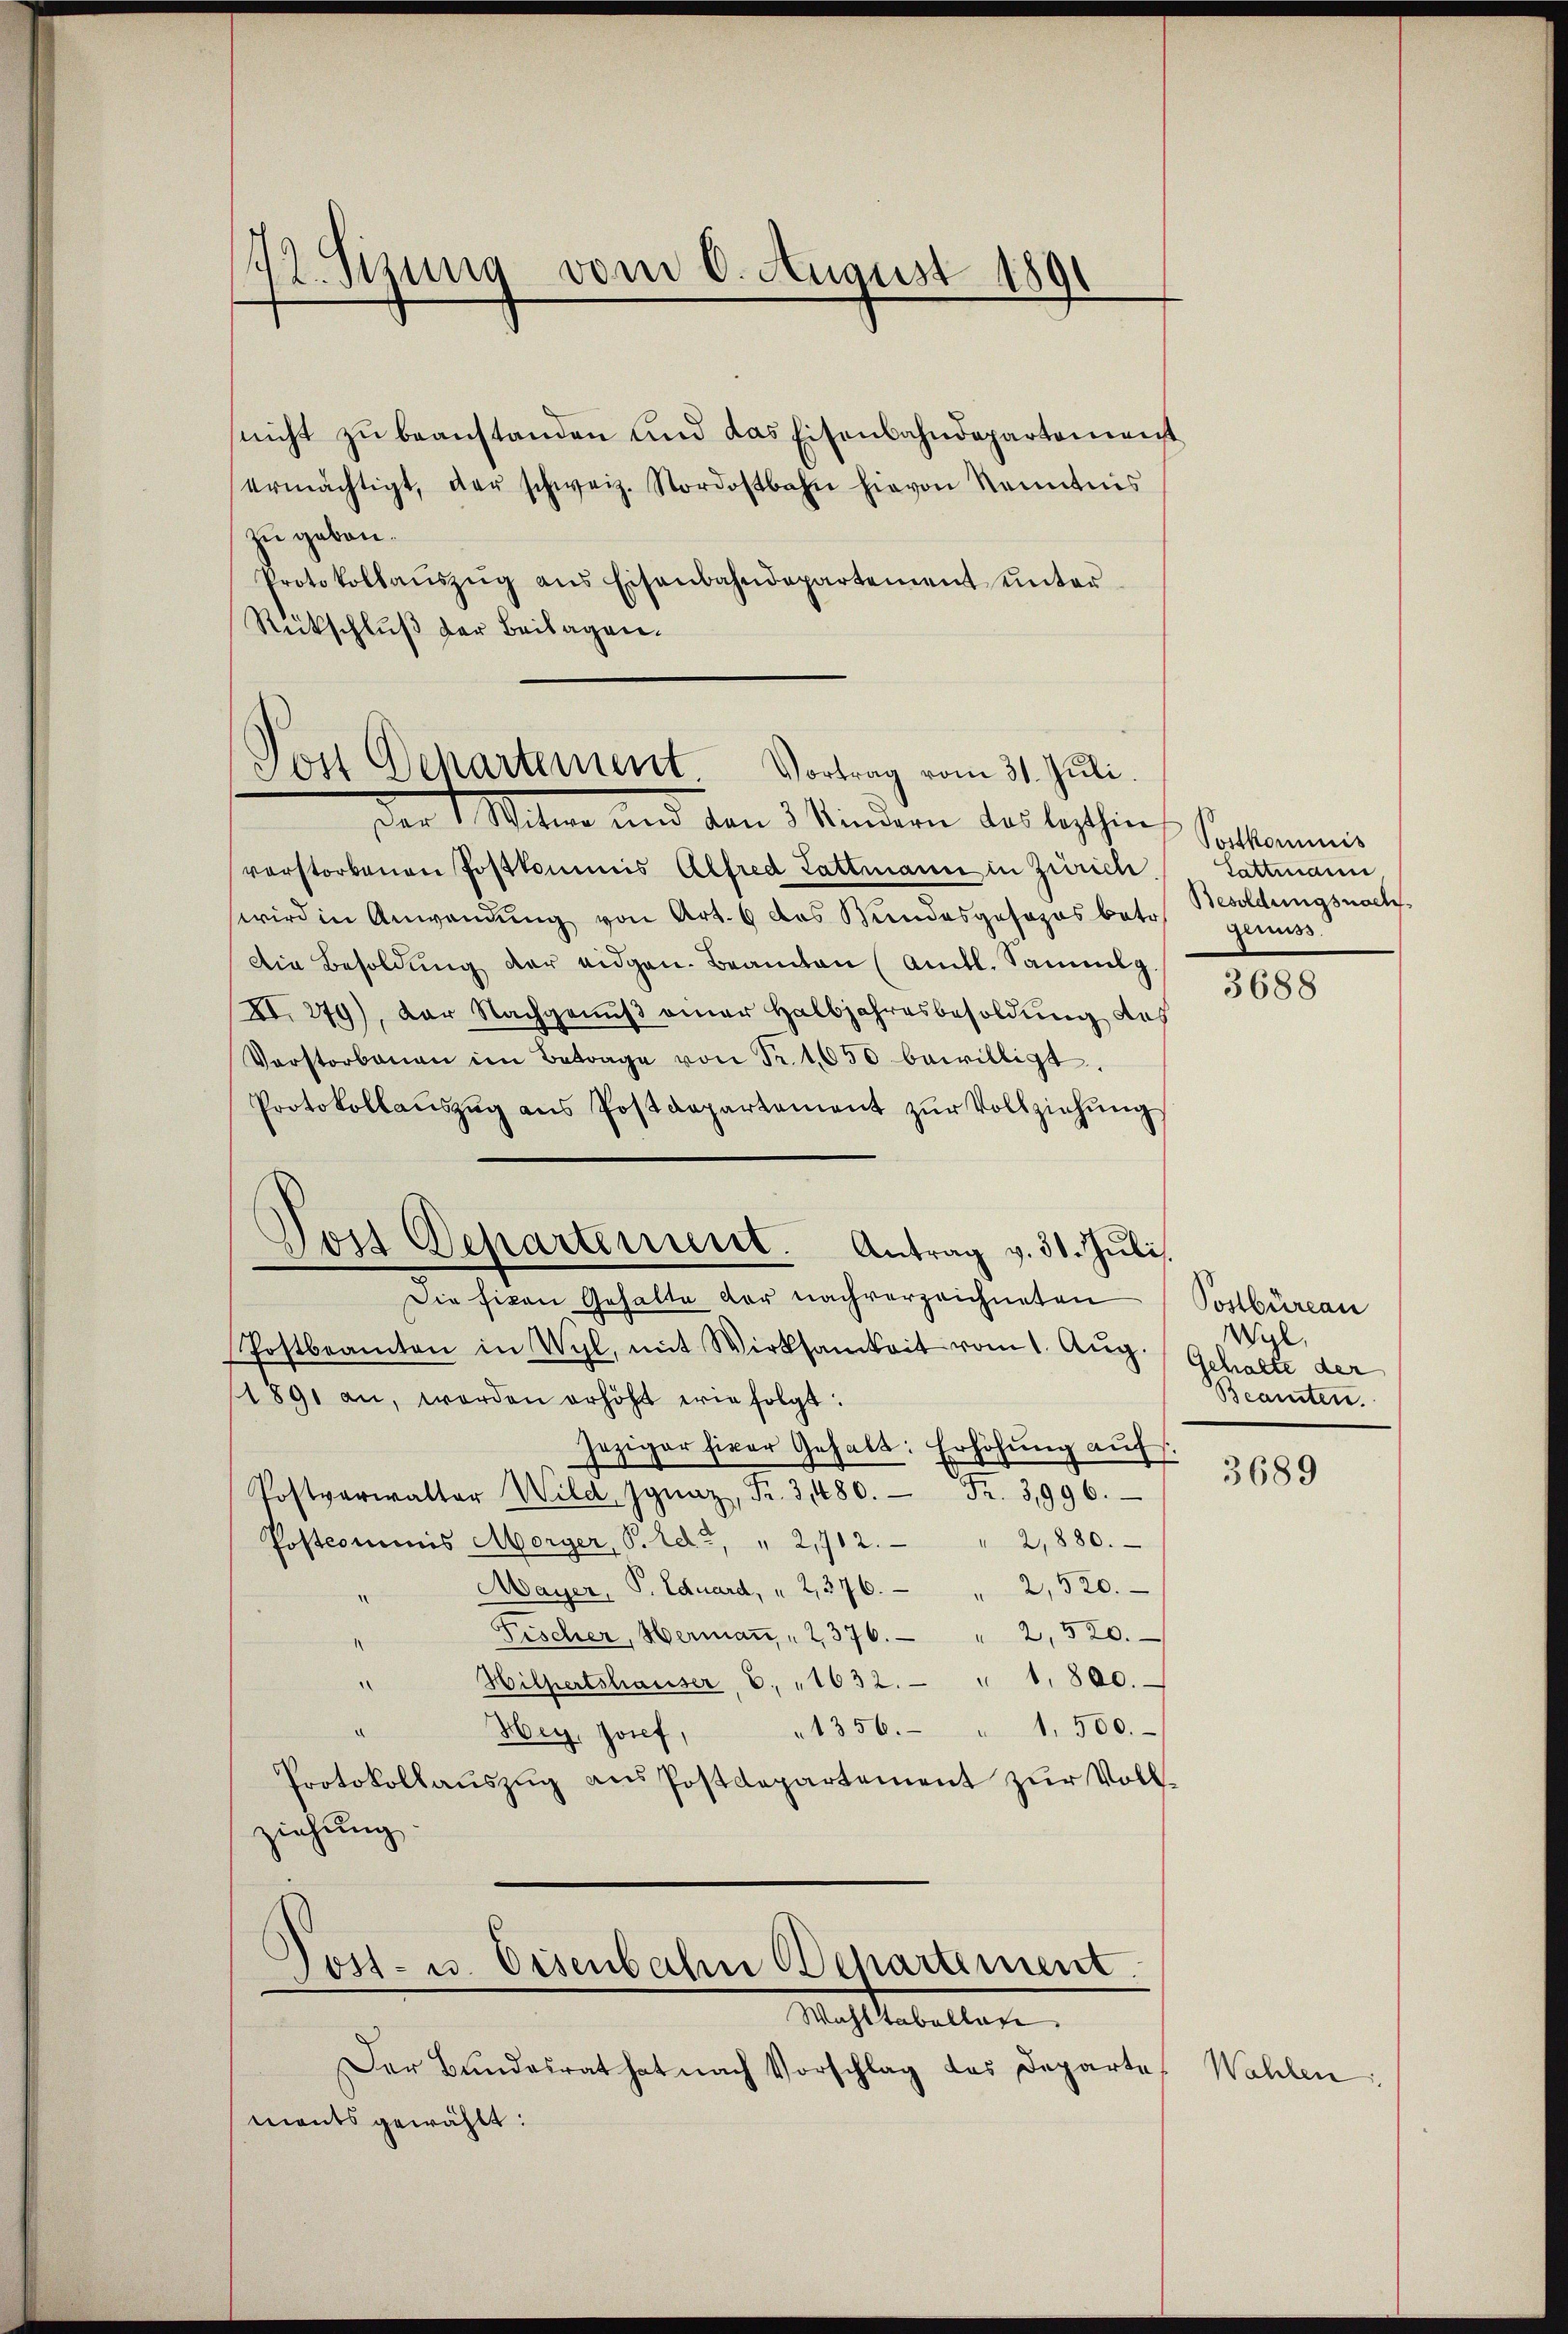
72. Sizung vom 6. August 1891

snicht zu beanstanden und das Eisenbahndepartement
ermächtigt, der schweiz. Nordostbahn hievon Kenntnis
zu geben.
Protokollaŭszŭg ans Eisenbahndepartement ŭnter-
Rückschluß der Beilagen.

Tos Departement Vortrag vom 31. Juli.

er 1. Mitere und den 3 Kindern das lezthin,
vorstorbenen Postkommis Alfred Lattmann in Zürich
wird in Anwendŭng von Art. 6 das Bundesgosozosbotos genuss.
Die Besoldŭng der eidgen. Beamten (Amtl. Sammlg.
XI. 279), der Nachgenuß einer Halbjahresbesoldung des
Verstorbenen im Betrage von Fr. 1050 bewilligt.
Protokollaŭszŭg ans Postdepartement zŭr Vollziehŭng
Die fikon Gehalte der nachverzeichneten
Postbeamten in Wyl, mit Wirksamkeit vom 1. Aug. Gehalte der
1891 an, worden erhöht wie folgt:
jeziger hier Gehalt: Erhöhung auf s
Postverwalter Wild, Ignaz, Fr. 3480. Fr. 3,996.
Postcommis Morger, P. Ed. " 2,712. " 2,880.
Mayer, P. Eduard, " 2, 376.   "  2,520.
.
Fischer, Hermaṅ, " 2376. " 2, 520.
Hilpertshauser, 6. " 1632. " 1. 800.
.
1356. " 1,500.
Hey, Josef,
Protokollaŭszŭg ans Postdepartement zŭr Voll-
ziehung.
Post- u. Eisenbahn Behartement.
Macht tabellen
Der Bundesrat hat nach Vorschlag des Departements gewählt:

Pois Departement. Antrag v. 31. Juli.

Postkommis
Lattmann,
Besoldungsnach.

3688

Postbüreau
Wyl,
Beamten.

3689

Wahlen: